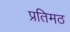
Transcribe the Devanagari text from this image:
प्रतिमठ